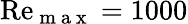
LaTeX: \mathrm{Re}_{\mathrm{~m~a~x~}}=1000